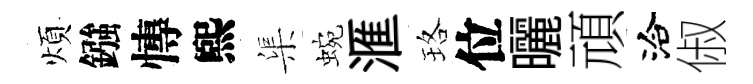
煩鏹慱煕渠蜿滙珞位曬頑洽俶